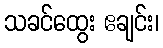
သခင်ထွေး ဧချင်း၊